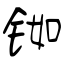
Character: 铷